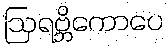
ဩရဗ္ဘိကောပေ